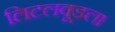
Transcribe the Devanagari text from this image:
लिटलवूडला